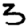
Digit: 3